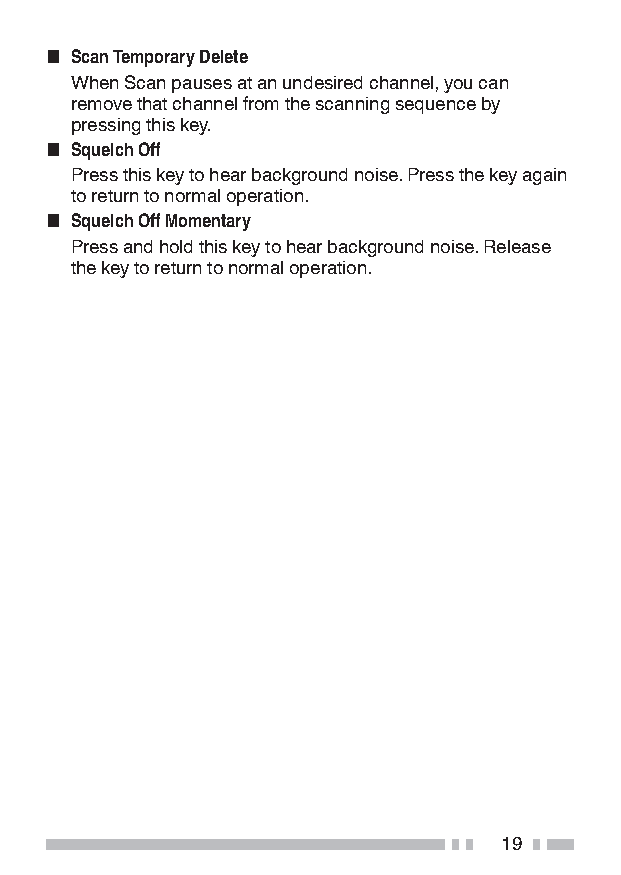
■ Scan Temporary Delete
 When Scan pauses at an undesired channel, you can
 remove that channel from the scanning sequence by
 pressing this key.
 ■ Squelch Off
 Press this key to hear background noise. Press the key again
 to return to normal operation.
 ■ Squelch Off Momentary
 Press and hold this key to hear background noise. Release
 the key to return to normal operation.
 19